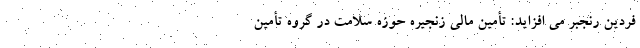
فردین رنجبر می افزاید: تأمین مالی زنجیره حوزه سلامت در گروه تأمین